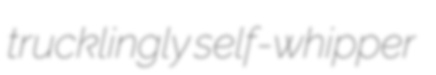
trucklingly self-whipper